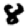
Digit: 8